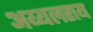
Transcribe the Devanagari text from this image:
अय्यलराय